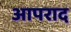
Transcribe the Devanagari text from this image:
आपराद